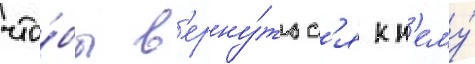
что́бы в'ерну́тьс'я к н'ему́